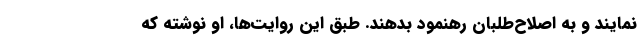
نمایند و به اصلاح‌طلبان رهنمود بدهند. طبق این روایت‌ها، او نوشته که